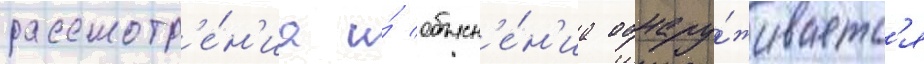
рассмотр'е́н'иа и́ объясн'е́н'иа обнару́живаетс'я